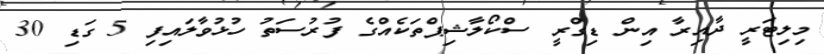
މިލިޓަރީ ދާއިރާ އިން ޑިގްރީ ސްކޯލާޝިޕްތަކެއްގެ ފުރުސަތު ހުޅުވާލައިފި 5 ގަޑި 30